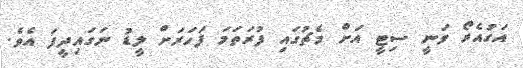
އަގުއެރޯ ވަނީ ސިޓީ އަށް މެޗުގައި ފުރަތަމަ ފަހަރަށް ލީޑު ނަގައިދީފަ އެވެ.